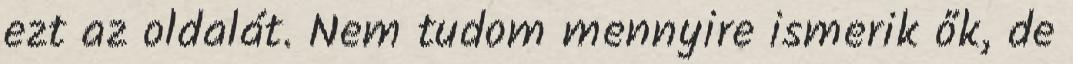
ezt az oldalát. Nem tudom mennyire ismerik ők, de